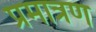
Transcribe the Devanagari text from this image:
प्रमात्रण